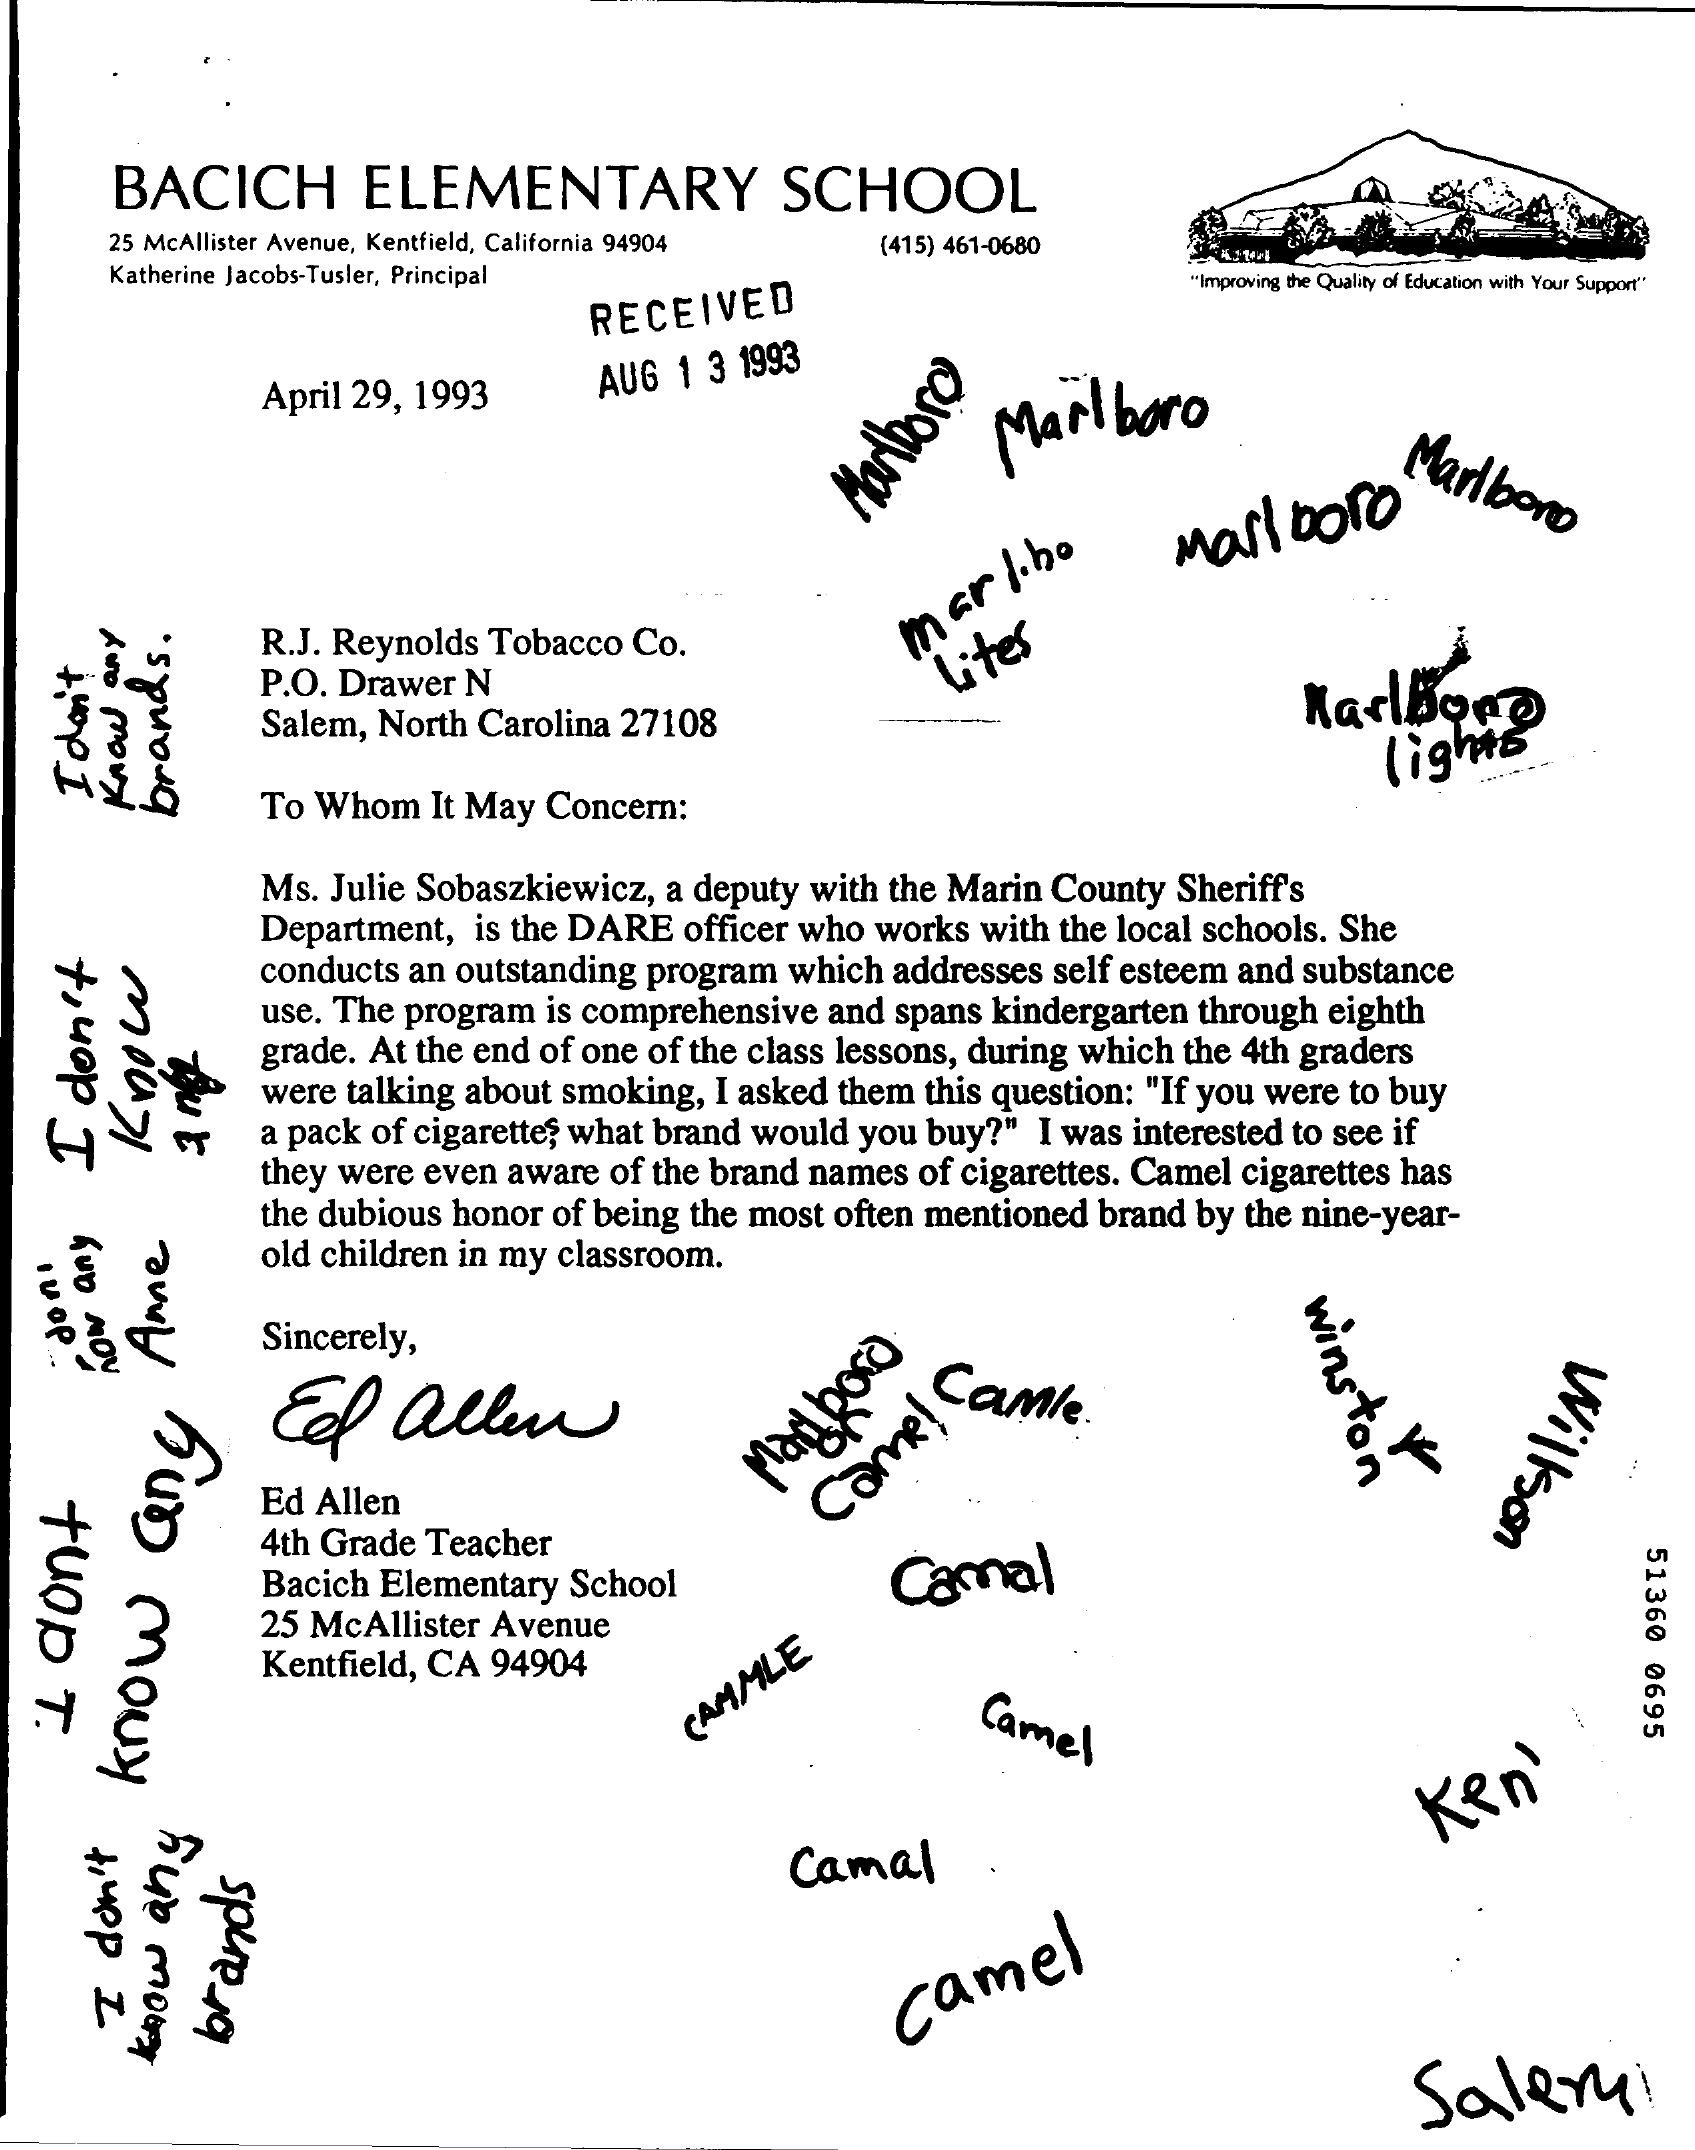
BACICH    ELEMENTARY    SCHOOL
     25 McAllister Avenue, Kentfield, California 94904
     Katherine Jacobs-Tusler, Principal
     (415) 461-0680
     "Improving the Quality of Education with Your Support"
     RECEIVED
     April 29, 1993    AUG 1 3 1993
     Marlboro
     Marlboro Marlboro
     Marlboro
     R.J. Reynolds Tobacco Co.
     marl.bo
   +HoPI
     P.O. Drawer N
     Salem, North Carolina 27108
     lites
     Marlboro
     lights
     To Whom  It May Concern:
     Know
     any
     brands
     .
     Ms. Julie Sobaszkiewicz, a deputy with the Marin County Sheriff's
     Department, is the DARE officer who works with the local schools. She
     conducts an outstanding program which addresses self esteem and substance
     use. The program is comprehensive and spans kindergarten through eighth
     grade. At the end of one of the class lessons, during which the 4th graders
     were talking about smoking, I asked them this question: "If you were to buy
     a pack of cigarettes what brand would you buy?" I was interested to see if
     they were even aware of the brand names of cigarettes. Camel cigarettes has
     Know
   I
   don't
     the dubious honor of being the most often mentioned brand by the nine-year-
     old children in my classroom.
     winston
     Sincerely,
     Edf   allen
     Anne
     now
    any
     Willson hus
     mowy
     Ed Allen
     Came!
     Camle.
     Mag
     poco
  tuOD
  T.
     4th Grade Teacher
     51360
     0695
     Bacich Elementary School    Camal
     25 McAllister Avenue
     Kentfield, CA 94904
     CAMMLE    Camel
     Camal
     Ken
     Jupp
     I    camel brands
     Salemi